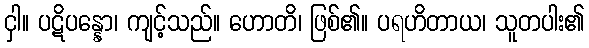
ငှါ။ ပဋိပန္နော၊ ကျင့်သည်။ ဟောတိ၊ ဖြစ်၏။ ပရဟိတာယ၊ သူတပါး၏